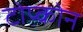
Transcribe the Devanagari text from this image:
टोप्कोन